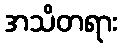
အသိတရား